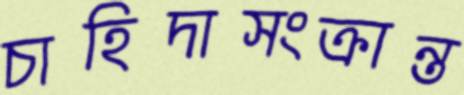
চাহিদাসংক্রান্ত